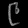
Digit: ၉